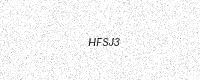
Text: HFSJ3